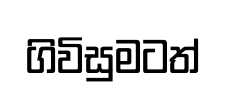
ගිවිසුමටත්